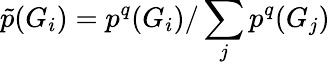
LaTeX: \tilde{p}(G_{i})=p^{q}(G_{i})/\sum_{j}p^{q}(G_{j})